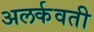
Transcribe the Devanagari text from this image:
अलर्कवती